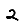
Digit: 2